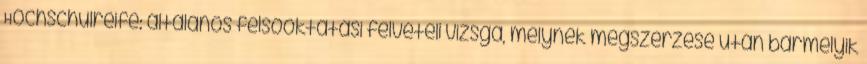
Hochschulreife: általános felsőoktatási felvételi vizsga, melynek megszerzése után bármelyik